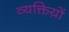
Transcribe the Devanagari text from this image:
व्यक्तिय़ों